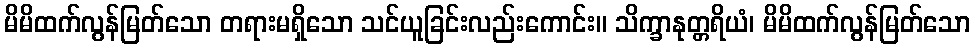
မိမိထက်လွန်မြတ်သော တရားမရှိသော သင်ယူခြင်းလည်းကောင်း။ သိက္ခာနုတ္တရိယံ၊ မိမိထက်လွန်မြတ်သော